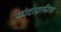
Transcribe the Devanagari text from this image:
फोटोग्राफीचा